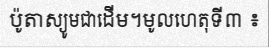
ប៉ូតាស្យូមជាដើម។មូលហេតុទី៣ ៖